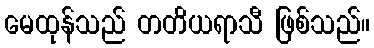
မေထုန်သည် တတိယရာသီ ဖြစ်သည်။